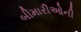
બીમારીઓની